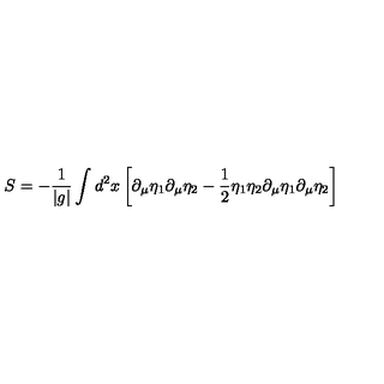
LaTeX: S = - { \frac { 1 } { | g | } } \int d ^ { 2 } x \left[ \partial _ { \mu } \eta _ { 1 } \partial _ { \mu } \eta _ { 2 } - { \frac { 1 } { 2 } } \eta _ { 1 } \eta _ { 2 } \partial _ { \mu } \eta _ { 1 } \partial _ { \mu } \eta _ { 2 } \right]